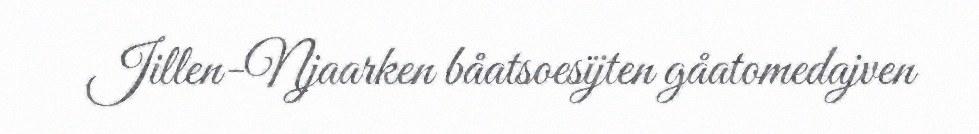
Jillen-Njaarken båatsoesïjten gåatomedajven